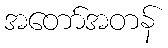
အတော်အတန်